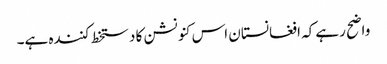
واضح رہے کہ افغانستان اس کنونشن کا دستخط کنندہ ہے۔